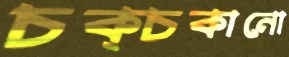
চক্‌চকানো